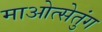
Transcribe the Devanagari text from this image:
माओत्सेतुंग